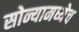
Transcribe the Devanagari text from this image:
सोन्यामध्येच